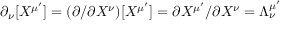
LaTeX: \partial _ { \nu } [ X ^ { \mu ^ { \prime } } ] = ( \partial / \partial X ^ { \nu } ) [ X ^ { \mu ^ { \prime } } ] = \partial X ^ { \mu ^ { \prime } } / \partial X ^ { \nu } = \Lambda _ { \nu } ^ { \mu ^ { \prime } }